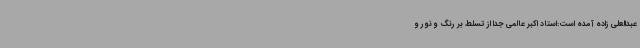
عبدالعلی زاده آمده است:استاد اکبر عالمی جدا از تسلط بر رنگ و نور و